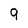
Character: 9